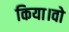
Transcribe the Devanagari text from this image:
किया।वो